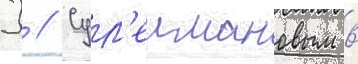
Х // Сул'еимановым в